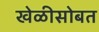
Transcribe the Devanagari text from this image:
खेळीसोबत